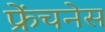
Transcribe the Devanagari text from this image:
फ्रेंचनेस